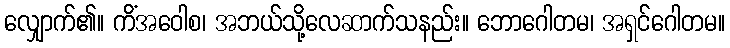
လျှောက်၏။ ကိံအဝေါစ၊ အဘယ်သို့လေဆာက်သနည်း။ ဘောဂေါတမ၊ အရှင်ဂေါတမ။